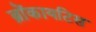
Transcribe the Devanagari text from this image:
ब्रोंकायटिस